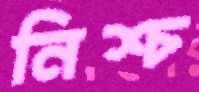
নিশ্চ